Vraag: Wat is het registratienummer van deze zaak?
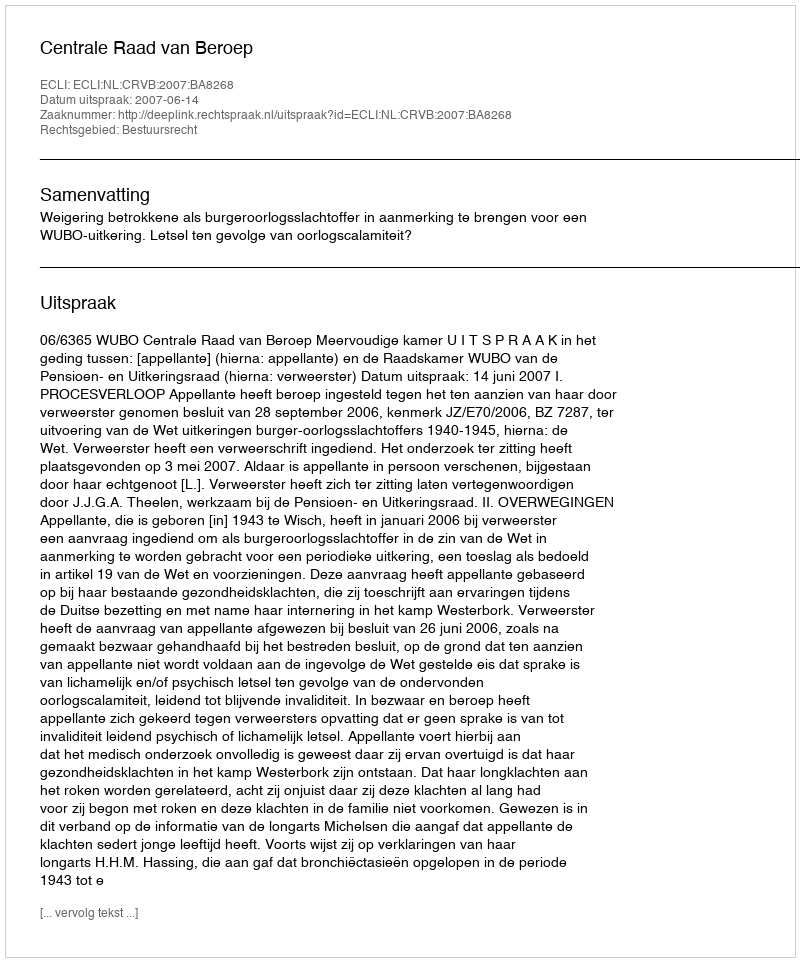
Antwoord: http://deeplink.rechtspraak.nl/uitspraak?id=ECLI:NL:CRVB:2007:BA8268